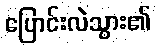
ပြောင်းလဲသွား၏